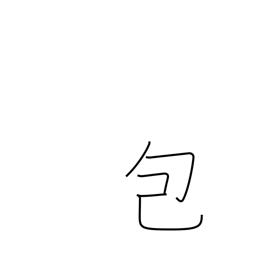
Meaning: pack up